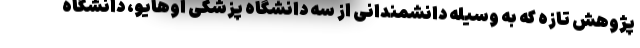
پژوهش تازه که به وسیله دانشمندانی از سه دانشگاه پزشکی اوهایو، دانشگاه